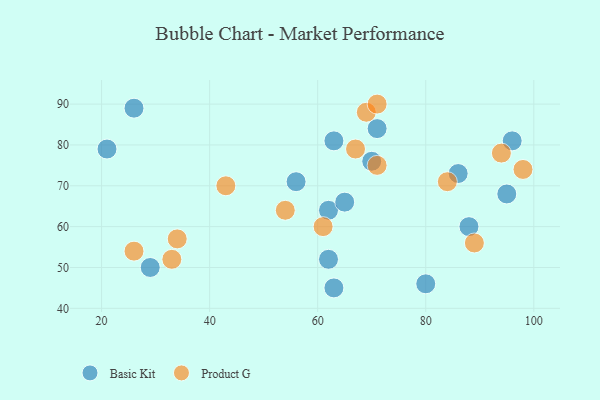
{"axis": {"x": "GDP", "y": "Life Expectancy"}, "legend": ["Basic Kit", "Product G"], "data": [{"x": "70", "y": 76, "type": "Basic Kit"}, {"x": "80", "y": 46, "type": "Basic Kit"}, {"x": "88", "y": 60, "type": "Basic Kit"}, {"x": "63", "y": 45, "type": "Basic Kit"}, {"x": "62", "y": 52, "type": "Basic Kit"}, {"x": "96", "y": 81, "type": "Basic Kit"}, {"x": "63", "y": 81, "type": "Basic Kit"}, {"x": "71", "y": 84, "type": "Basic Kit"}, {"x": "56", "y": 71, "type": "Basic Kit"}, {"x": "21", "y": 79, "type": "Basic Kit"}, {"x": "62", "y": 64, "type": "Basic Kit"}, {"x": "86", "y": 73, "type": "Basic Kit"}, {"x": "95", "y": 68, "type": "Basic Kit"}, {"x": "26", "y": 89, "type": "Basic Kit"}, {"x": "65", "y": 66, "type": "Basic Kit"}, {"x": "29", "y": 50, "type": "Basic Kit"}, {"x": "67", "y": 79, "type": "Product G"}, {"x": "98", "y": 74, "type": "Product G"}, {"x": "71", "y": 75, "type": "Product G"}, {"x": "34", "y": 57, "type": "Product G"}, {"x": "69", "y": 88, "type": "Product G"}, {"x": "61", "y": 60, "type": "Product G"}, {"x": "71", "y": 90, "type": "Product G"}, {"x": "94", "y": 78, "type": "Product G"}, {"x": "33", "y": 52, "type": "Product G"}, {"x": "54", "y": 64, "type": "Product G"}, {"x": "43", "y": 70, "type": "Product G"}, {"x": "26", "y": 54, "type": "Product G"}, {"x": "89", "y": 56, "type": "Product G"}, {"x": "84", "y": 71, "type": "Product G"}]}